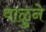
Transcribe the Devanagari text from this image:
वाळुने